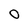
Character: O